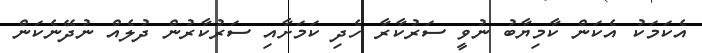
އެކަމަކު އެކަން ކާމިޔާބު ނުވީ ސަރުކާރާ ހެދި ކަމަށާއި ސަރުކާރުން ދުލެއް ނުދޭނެކަން